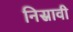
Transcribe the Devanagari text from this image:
निस्रावी